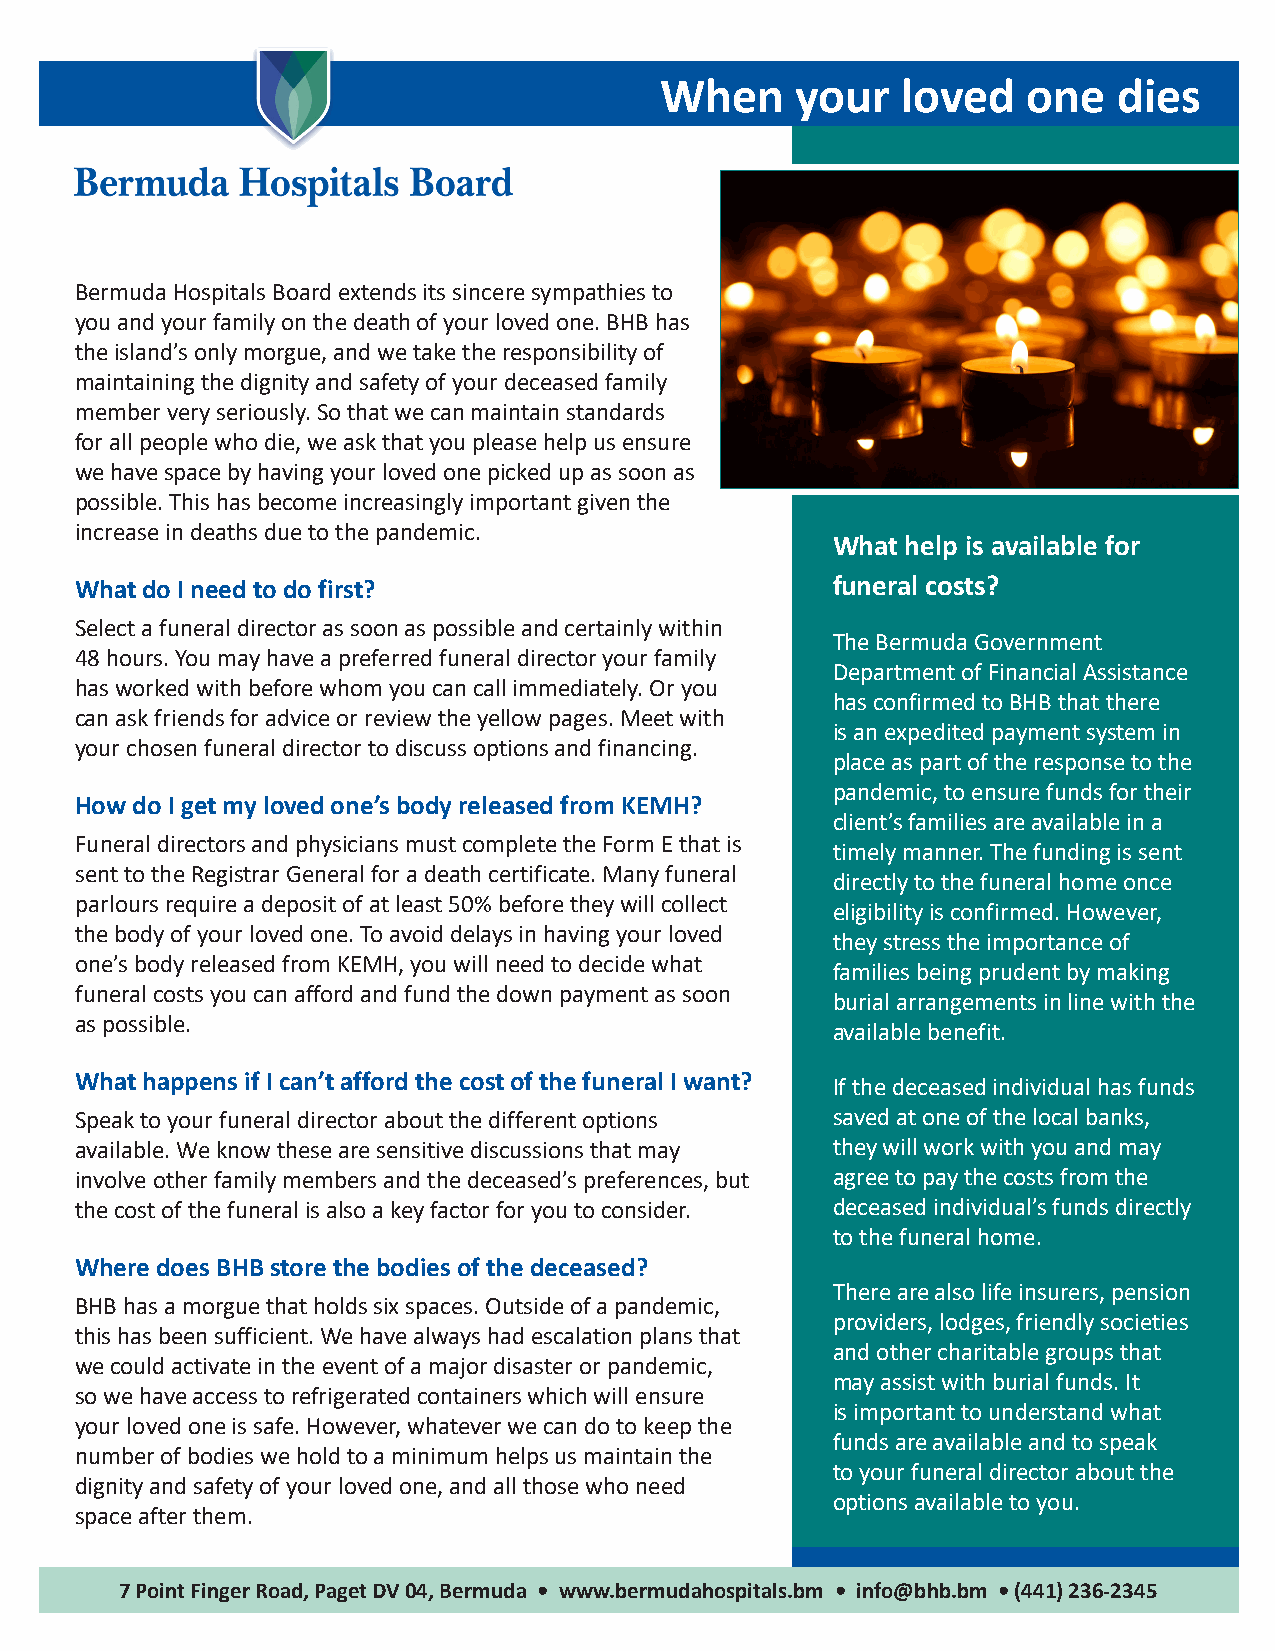
When     your   loved   one   dies
 Bermuda Hospitals Board extends its sincere sympathies to
 you and your family on the death of your loved one. BHB has
 the island’s only morgue, and we take the responsibility of
 maintaining the dignity and safety of your deceased family
 member very seriously. So that we can maintain standards
 for all people who die, we ask that you please help us ensure
 we have space by having your loved one picked up as soon as
 possible. This has become increasingly important given the
 increase in deaths due to the pandemic.
 What help is available for
 What do I need to do first?                       funeral costs?
 Select a funeral director as soon as possible and certainly within
 The Bermuda Government
 48 hours. You may have a preferred funeral director your family
 Department of Financial Assistance
 has worked with before whom you can call immediately. Or you
 has confirmed to BHB that there
 can ask friends for advice or review the yellow pages. Meet with
 is an expedited payment system in
 your chosen funeral director to discuss options and financing.
 place as part of the response to the
 pandemic, to ensure funds for their
 How do I get my loved one’s body released from KEMH?
 client’s families are available in a
 Funeral directors and physicians must complete the Form E that is
 timely manner. The funding is sent
 sent to the Registrar General for a death certificate. Many funeral
 directly to the funeral home once
 parlours require a deposit of at least 50% before they will collect
 eligibility is confirmed. However,
 the body of your loved one. To avoid delays in having your loved
 they stress the importance of
 one’s body released from KEMH, you will need to decide what
 families being prudent by making
 funeral costs you can afford and fund the down payment as soon
 burial arrangements in line with the
 as possible.
 available benefit.
 What happens if I can’t afford the cost of the funeral I want? If the deceased individual has funds
 Speak to your funeral director about the different options saved at one of the local banks,
 available. We know these are sensitive discussions that may they will work with you and may
 involve other family members and the deceased’s preferences, but agree to pay the costs from the
 the cost of the funeral is also a key factor for you to consider. deceased individual’s funds directly
 to the funeral home.
 Where does BHB store the bodies of the deceased?
 There are also life insurers, pension
 BHB has a morgue that holds six spaces. Outside of a pandemic,
 providers, lodges, friendly societies
 this has been sufficient. We have always had escalation plans that
 and other charitable groups that
 we could activate in the event of a major disaster or pandemic,
 may assist with burial funds. It
 so we have access to refrigerated containers which will ensure
 is important to understand what
 your loved one is safe. However, whatever we can do to keep the
 funds are available and to speak
 number of bodies we hold to a minimum helps us maintain the
 to your funeral director about the
 dignity and safety of your loved one, and all those who need
 options available to you.
 space after them.
 7 Point Finger Road, Paget DV 04, Bermuda • www.bermudahospitals.bm • info@bhb.bm • (441) 236-2345